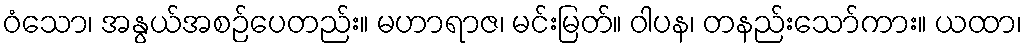
ဝံသော၊ အနွယ်အစဉ်ပေတည်း။ မဟာရာဇ၊ မင်းမြတ်။ ဝါပန၊ တနည်းသော်ကား။ ယထာ၊